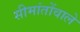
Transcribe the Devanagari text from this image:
सीमांतोंवाले